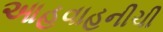
આહવાહનીચી